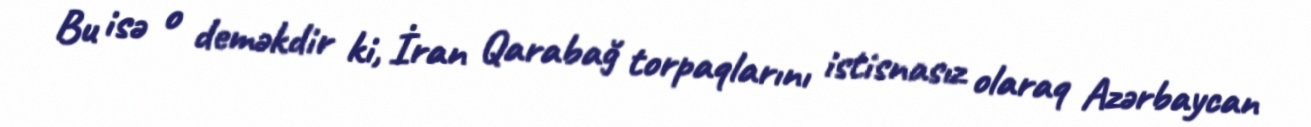
Bu isə o deməkdir ki, İran Qarabağ torpaqlarını istisnasız olaraq Azərbaycan